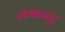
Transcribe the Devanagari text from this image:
ज़मानए